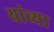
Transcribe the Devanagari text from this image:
यांव्या